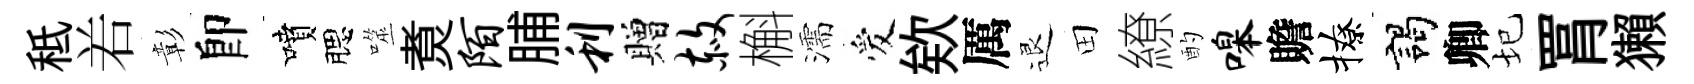
秪𠰥彰卽噴腮噬煑陌脯利贈赦槲濡爱欸厲退田繚酌嗥贍撩謁卿圮罥獺